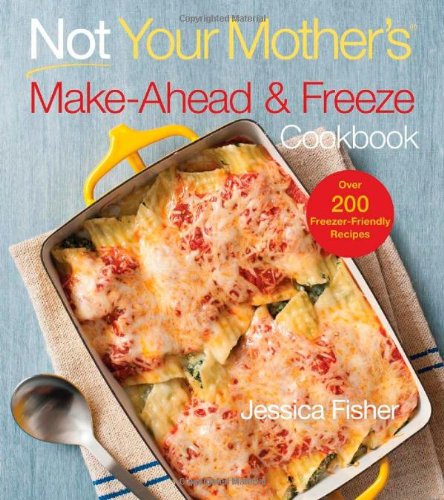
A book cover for Not Your Mother's Make-Ahead and Freeze Cookbook (NYM Series); Jessica Fisher; Cookbooks, Food & Wine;